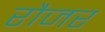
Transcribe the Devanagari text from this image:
रौजर